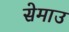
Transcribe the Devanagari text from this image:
सेमाउ